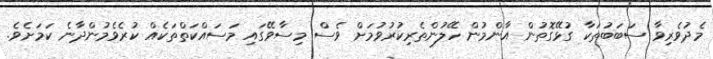
މެދުވެރިވާ ސަބަބުތަކާ ގުޅޭގޮތުން އާންމުން ހޭލުންތެރިކުރުވުމަށް ވެސް މިސާވޭގައި މަސައްކަތްތަކެއް ކުރެވެމުންދާނެ ކަމަށެވެ.